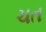
ચત